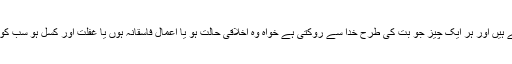
اور اس کی محبت میں محو ہو جاتے ہیں اور ہر ایک چیز جو بُت کی طرح خدا سے روکتی ہے خواہ وہ اخلاقی حالت ہو یا اعمال فاسقانہ ہوں یا غفلت اور کسل ہو سب کو اپنے تئیں دور تر لے جاتے ہیں ‘‘۔